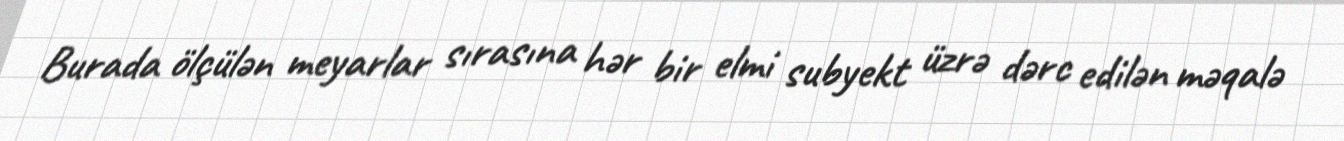
Burada ölçülən meyarlar sırasına hər bir elmi subyekt üzrə dərc edilən məqalə